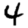
Digit: 4